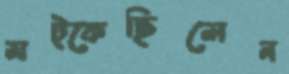
মট্‌কেছিলেন